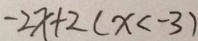
- 2 x + 2 ( x < - 3 )